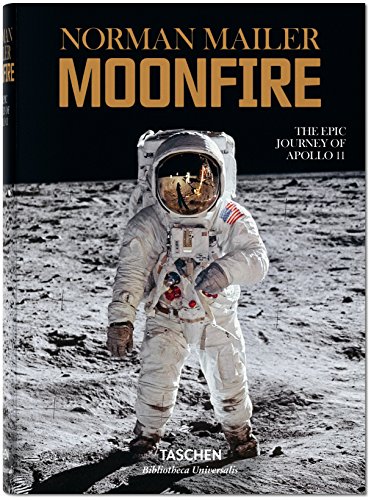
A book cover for Norman Mailer: Moonfire, The Epic Journey of Apollo 11; Norman Mailer; Arts & Photography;